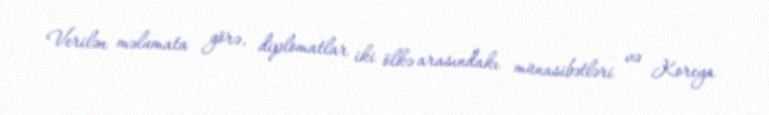
Verilən məlumata görə, diplomatlar iki ölkə arasındakı münasibətləri və Koreya